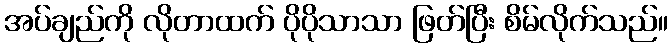
အပ်ချည်ကို လိုတာထက် ပိုပိုသာသာ ဖြတ်ပြီး စိမ်လိုက်သည်။